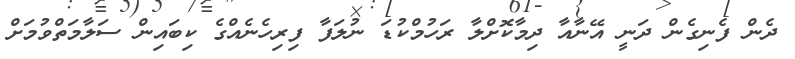
ދެން ފެނިގެން ދަނީ އޭނާއާ ދިމާކޮށްލާ ރަހުމްކުޑަ ނުލަފާ ފިރިހެނެއްގެ ކިބައިން ސަލާމަތްވުމަށް